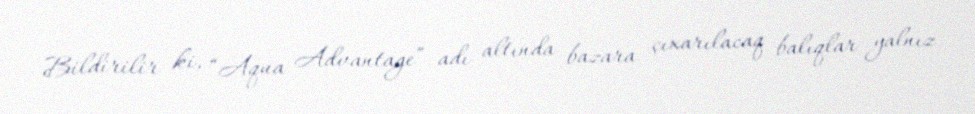
Bildirilir ki, “Aqua Advantage” adı altında bazara çıxarılacaq balıqlar yalnız